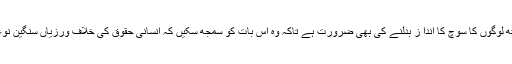
اس کے ساتھ ساتھ لوگوں کا سوچ کا اندا ز بدلنے کی بھی ضرورت ہے تاکہ وہ اس بات کو سمجھ سکیں کہ انسانی حقوق کی خلاف ورزیاں سنگین نوعیت کا جرم ہے۔